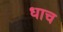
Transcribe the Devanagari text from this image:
धाच